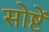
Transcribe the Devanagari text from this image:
सोष्टें